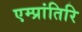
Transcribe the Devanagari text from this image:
एम्प्रांतिरि